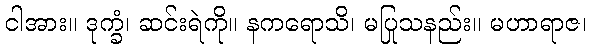
ငါအား။ ဒုက္ခံ၊ ဆင်းရဲကို။ နကရောသိ၊ မပြုသနည်း။ မဟာရာဇ၊